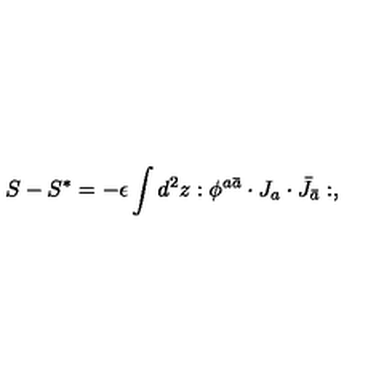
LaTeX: S - S ^ { * } = - \epsilon \int d ^ { 2 } z : \phi ^ { a \bar { a } } \cdot J _ { a } \cdot \bar { J } _ { \bar { a } } : ,